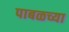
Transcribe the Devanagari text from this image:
पाबळच्या